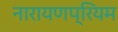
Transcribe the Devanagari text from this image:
नारायणप्रियम